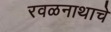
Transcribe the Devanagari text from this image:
रवळनाथाचे